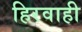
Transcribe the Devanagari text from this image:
हिरवाही